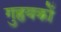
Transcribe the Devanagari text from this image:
गुहृयकों